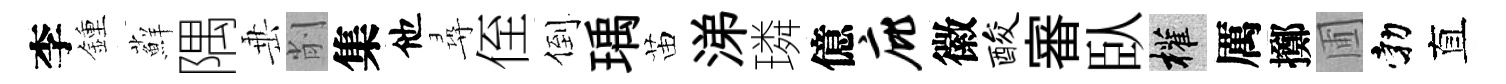
李鍾蘚隅𡸁削集他尋侄倒瑀苗涕璘億庇徽酸審臥權厲擲圃勃直